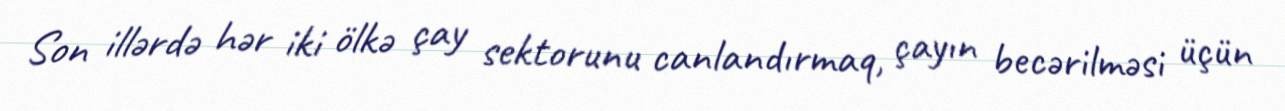
Son illərdə hər iki ölkə çay sektorunu canlandırmaq, çayın becərilməsi üçün